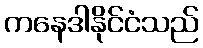
ကနေဒါနိုင်ငံသည်